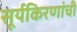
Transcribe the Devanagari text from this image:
सूर्यकिरणांची